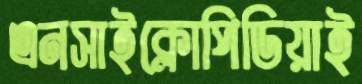
এনসাইক্লোপিডিয়াই